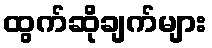
ထွက်ဆိုချက်များ